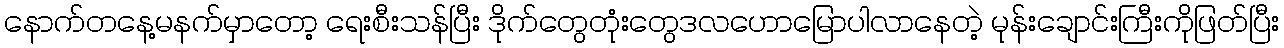
နောက်တနေ့မနက်မှာတော့ ရေးစီးသန်ပြီး ဒိုက်တွေတုံးတွေဒလဟောမြောပါလာနေတဲ့ မုန်းချောင်းကြီးကိုဖြတ်ပြီး